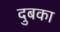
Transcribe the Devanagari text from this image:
दुबका